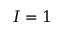
I = 1